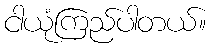
ငါယုံကြည်ပါတယ်။